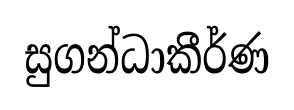
සුගන්ධාකීර්ණ